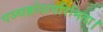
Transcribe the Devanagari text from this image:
पञ्चक्रोशपरिमिता।